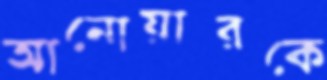
আনোয়ারকে